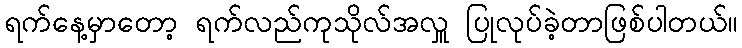
ရက်နေ့မှာတော့ ရက်လည်ကုသိုလ်အလှူ ပြုလုပ်ခဲ့တာဖြစ်ပါတယ်။